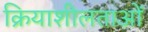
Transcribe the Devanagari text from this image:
क्रियाशीलताओं